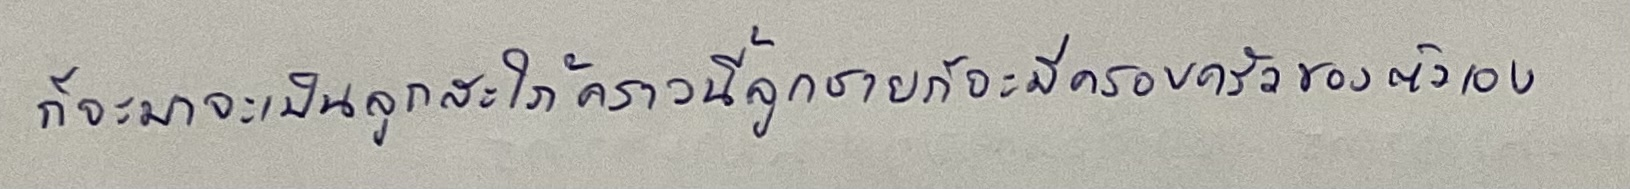
ก็จะมาเป็นลูกสะใภ้คราวนี้ลูกชายก็จะมีครอบครัวของตัวเอง